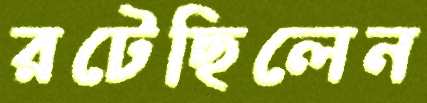
রটেছিলেন